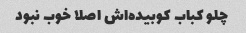
چلو کباب کوبیده‌اش اصلا خوب نبود